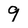
Character: 9